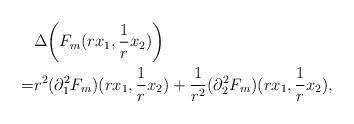
LaTeX: \begin{align*}&\Delta \biggl( F_m(rx_1, \frac 1 r x_2) \biggr) \\= & r^2 (\partial_1^2 F_m)(rx_1,\frac 1 r x_2) + \frac 1 {r^2} (\partial_2^2 F_m)(rx_1,\frac 1r x_2),\end{align*}